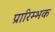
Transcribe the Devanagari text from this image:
प्रारिम्भक